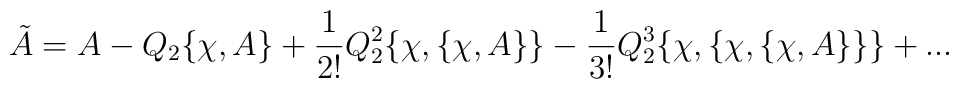
\tilde A=A-Q_2\{\chi ,A\}+{1\over {2!}}Q_2^2\{\chi ,\{\chi ,A\}\}-{1\over {3!}}Q_2^3\{\chi ,\{\chi ,\{\chi ,A\}\}\}+...